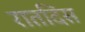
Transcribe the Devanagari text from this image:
रातदिस